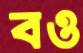
বও